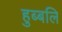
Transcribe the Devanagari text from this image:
हुब्बलि